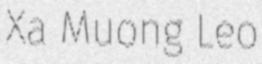
Xa Muong Leo